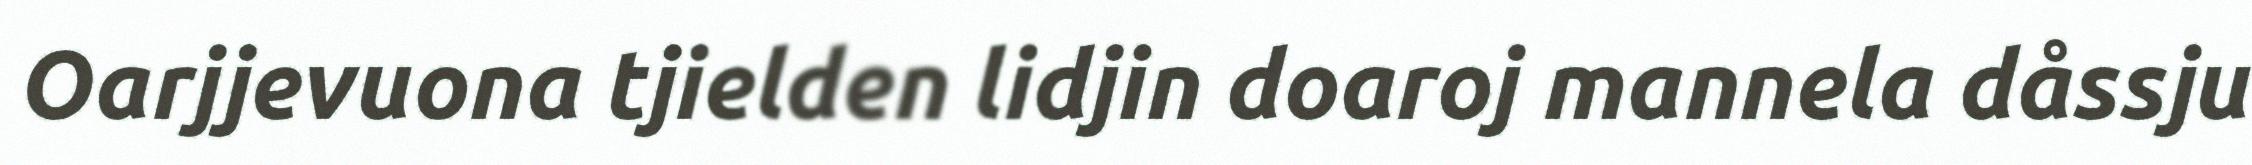
Oarjjevuona tjielden lidjin doaroj mannela dåssju